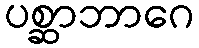
ပစ္ဆာဘာဂေ